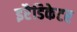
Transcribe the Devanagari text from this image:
इरैडिकेटर